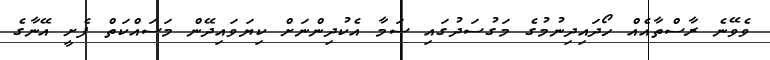
ވެވޭނެ ރާސްތާއެއް ހޯދައިދިނުމުގެ މަގުސަދުގައި ސަމާ އެކުދިންނަށް ކިޔަވައިދޭން މަސައްކަތް ފެށީ އޭނާގެ